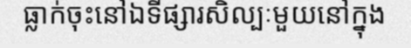
ធ្លាក់ចុះនៅឯទីផ្សារសិល្បៈមួយនៅក្នុង